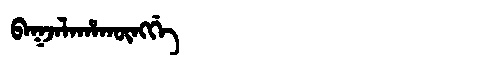
Manchu: ᠪᠠᡴᠵᠠᠯᠠᡥᠠᡴᡡᠩᡤᡝ
Romanization: BAKJALAHAKŪNGGE